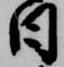
日